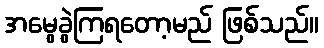
အမွေခွဲကြရတော့မည် ဖြစ်သည်။